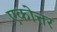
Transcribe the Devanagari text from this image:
एकोत्तर